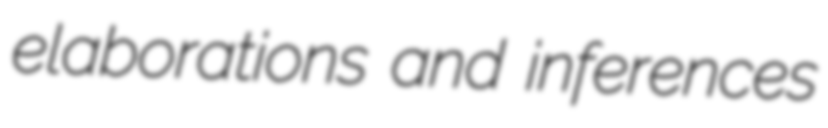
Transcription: elaborations and inferences